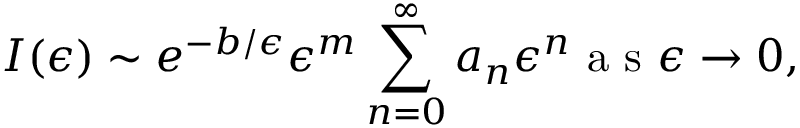
I ( \epsilon ) \sim e ^ { - b / \epsilon } \epsilon ^ { m } \sum _ { n = 0 } ^ { \infty } a _ { n } \epsilon ^ { n } \mathrm { ~ a ~ s ~ } \epsilon \to 0 ,